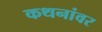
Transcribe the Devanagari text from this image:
कथनांवर